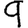
Digit: 9